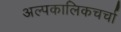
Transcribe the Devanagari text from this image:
अल्पकालिकचर्चा